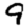
Digit: 9